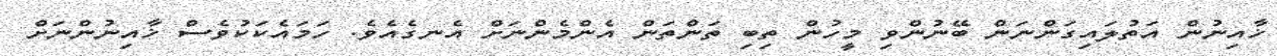
ޚާއިނުން އަތުލައިގަންނަން ބޭނުންވި މީހުން ތިބި ތަންތަން އެންމެންނަށް އެނގެއެވެ. ހަމައެކަކުވެސް ޚާއިނުންނަށް